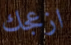
ازعجك